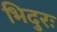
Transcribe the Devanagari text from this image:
भिदुरः